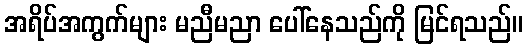
အရိပ်အကွက်များ မညီမညာ ပေါ်နေသည်ကို မြင်ရသည်။